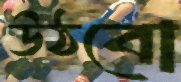
উঠবো